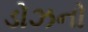
ડોઝનો